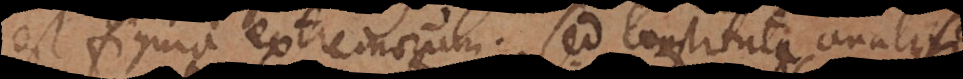
est figura extremorum. Sed constituta analysi